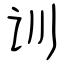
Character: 训